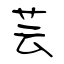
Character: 芸